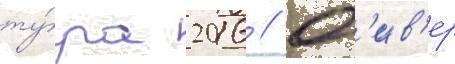
ту́ра 2016 // Ол'ив'ер